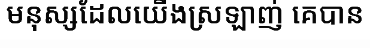
មនុស្សដែលយើងស្រឡាញ់ គេបាន